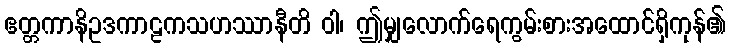
ဧတ္တကာနိဥဒကာဠကသဟဿာနီတိ ဝါ၊ ဤမျှလောက်ရေကွမ်းစားအထောင်ရှိကုန်၏